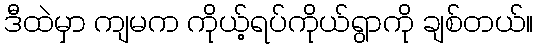
ဒီထဲမှာ ကျမက ကိုယ့်ရပ်ကိုယ်ရွာကို ချစ်တယ်။